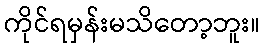
ကိုင်ရမှန်းမသိတော့ဘူး။